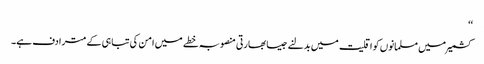
‘‘
کشمیر میں مسلمانوں کو اقلیت میں بدلنے جیسا بھارتی منصوبہ خطے میں امن کی تباہی کے مترادف ہے۔